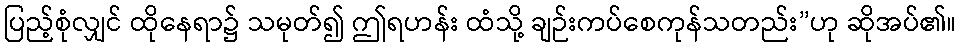
ပြည့်စုံလျှင် ထိုနေရာ၌ သမုတ်၍ ဤရဟန်း ထံသို့ ချဉ်းကပ်စေကုန်သတည်း”ဟု ဆိုအပ်၏။